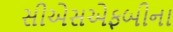
સીએસએફબીના